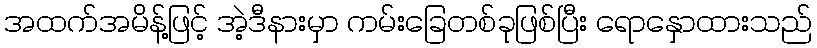
အထက်အမိန့်ဖြင့် အဲ့ဒီနားမှာ ကမ်းခြေတစ်ခုဖြစ်ပြီး ရောနှောထားသည်